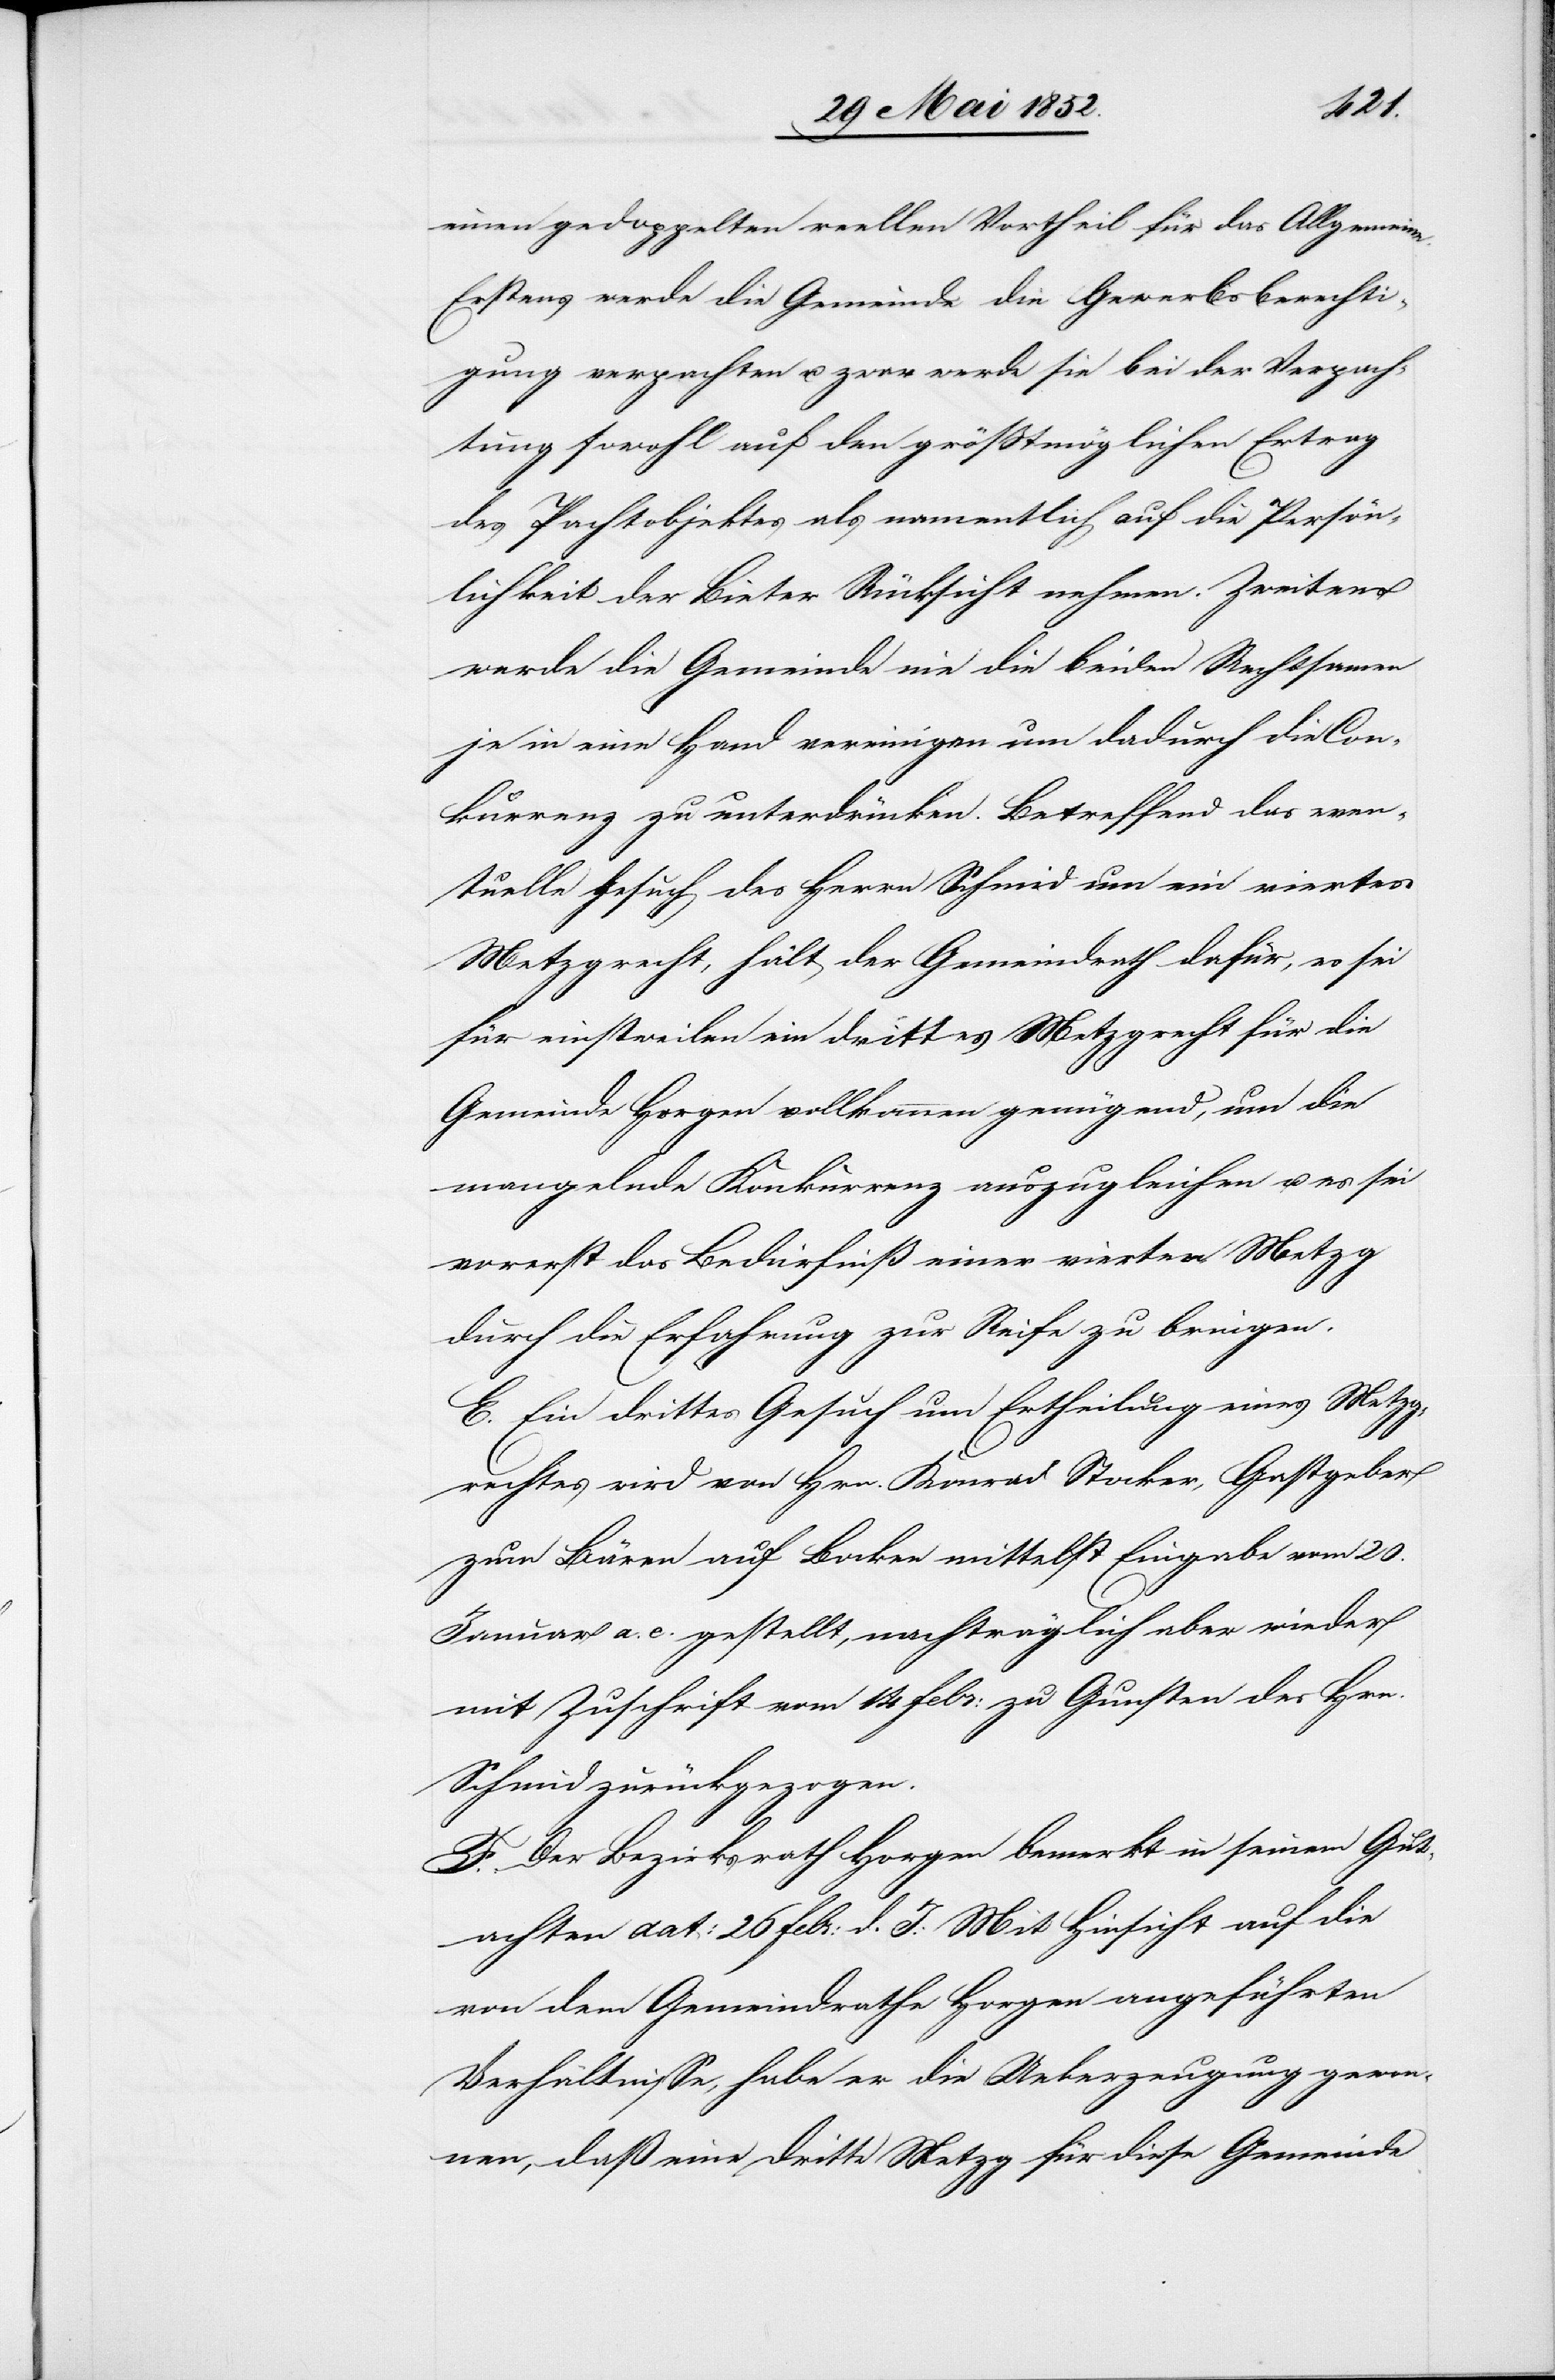
einen gedoppelten reellen Vortheil für das Allgemeine.
Erstens werde die Gemeinde die Gewerbsberechti¬
gung verpachten & zwar werde sie bei der Verpach¬
tung sowohl auf den größtmöglichen Ertrag
des Pachtobjektes als namentlich auf die Persön¬
lichkeit der Bieter Rücksicht nehmen. Zweitens
werde die Gemeinde nie die beiden Rechtsamen
je in eine Hand vereinigen um dadurch die Con¬
kurrenz zu unterdrücken. Betreffend das even¬
tuelle Gesuch des Herrn Schmid um ein viertes
Metzgrecht, hält der Gemeindrath dafür, es sei
für einstweilen ein drittes Metzgrecht für die
Gemeinde Horgen vollkommen genügend, um die
mangelnde Konkurrenz auszugleichen u. es sei
vorerst das Bedürfniß einer vierten Metzg
durch die Erfahrung zur Reife zu bringen.
E. Ein drittes Gesuch um Ertheilung eines Metzg¬
rechtes wird von Hrn. Konrad Stocker, Gastgeber
zum Bären auf Bocken mittelst Eingabe vom 20.
Januar a. c. gestellt, nachträglich aber wieder
mit Zuschrift vom 14 Febr: zu Gunsten des Hrn.
Schmid zurückgezogen.
F. Der Bezirksrath Horgen bemerkt in seinem Gut¬
achten dat: 26 Febr: d. J: Mit Hinsicht auf die
von dem Gemeindrathe Horgen angeführten
Verhältnisse, habe er die Ueberzeugung gewon¬
nen, daß eine dritte Metzg für diese Gemeinde